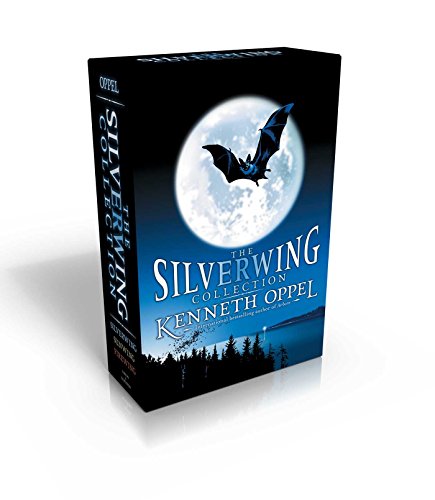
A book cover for The Silverwing Collection: Silverwing; Sunwing; Firewing (The Silverwing Trilogy); Kenneth Oppel; Children's Books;